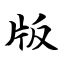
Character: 版